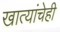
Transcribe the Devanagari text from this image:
खात्यांचेही